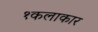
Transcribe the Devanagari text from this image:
१कलाकार